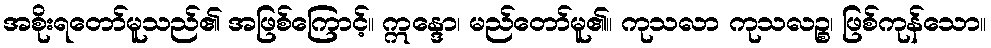
အစိုးရတော်မူသည်၏ အဖြစ်ကြောင့်။ ဣန္ဒော၊ မည်တော်မူ၏။ ကုသလာ ကုသလဉ္စ၊ ဖြစ်ကုန်သော။